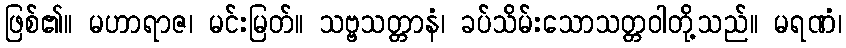
ဖြစ်၏။ မဟာရာဇ၊ မင်းမြတ်။ သဗ္ဗသတ္တာနံ၊ ခပ်သိမ်းသောသတ္တဝါတို့သည်။ မရဏံ၊